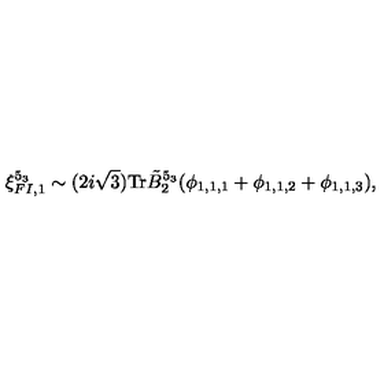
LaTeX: \xi _ { F I , 1 } ^ { 5 _ { 3 } } \sim ( 2 i \sqrt { 3 } ) \mathrm { T r } \tilde { B } _ { 2 } ^ { 5 _ { 3 } } ( \phi _ { 1 , 1 , 1 } + \phi _ { 1 , 1 , 2 } + \phi _ { 1 , 1 , 3 } ) ,